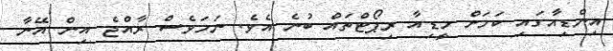
އިންޑިއާގައި ކަމަށް މީޑިއާ ރިޕޯޓްތައް ބުނެ އެވެ. ނަމަވެސް ރާއްޖެ އިން އޭނާ